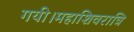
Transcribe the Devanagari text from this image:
गयी।महाशिवरात्रि